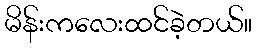
မိန်းကလေးထင်ခဲ့တယ်။